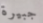
جبيرة